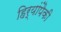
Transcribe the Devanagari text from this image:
हिर्‍यांपैकी